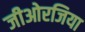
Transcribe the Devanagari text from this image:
जीओरजिया